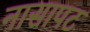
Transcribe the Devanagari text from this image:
नासापट